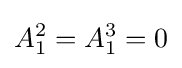
A_{1}^{2}=A_{1}^{3}=0